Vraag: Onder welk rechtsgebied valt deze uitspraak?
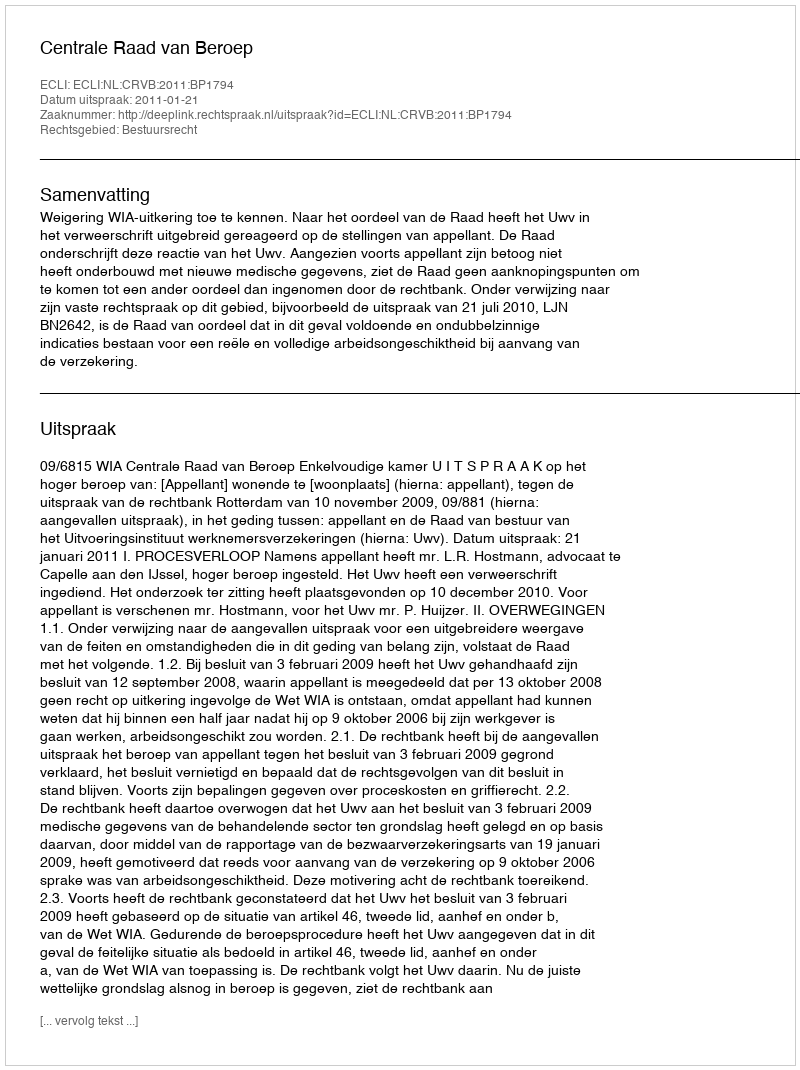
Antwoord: Bestuursrecht